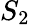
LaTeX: S_{2}